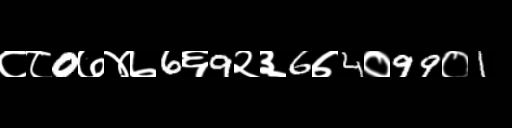
Text: ८८0७४७6६9२३6७4०99०1